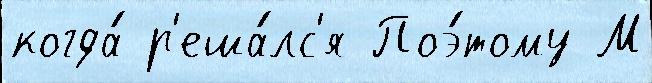
когда́ р'еша́лс'я Поэ́тому М